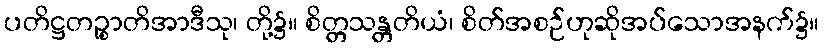
ပတိဋ္ဌတဉ္စာတိအာဒီသု၊ တို့၌။ စိတ္တသန္တတိယံ၊ စိတ်အစဉ်ဟုဆိုအပ်သောအနက်၌။